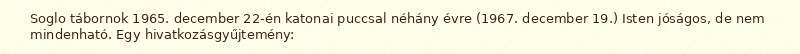
Soglo tábornok 1965. december 22-én katonai puccsal néhány évre (1967. december 19.) Isten jóságos, de nem mindenható. Egy hivatkozásgyűjtemény: